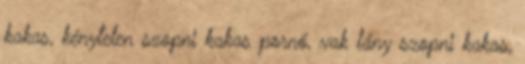
kakas, kénytelen szopni kakas pornó, vak lány szopni kakas,